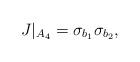
LaTeX: \begin{align*}J|_{A_4} = \sigma_{b_1} \sigma_{b_2},\end{align*}